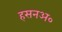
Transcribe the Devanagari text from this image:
हसनअ०